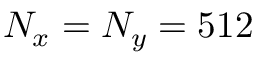
N _ { x } = N _ { y } = 5 1 2